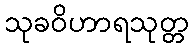
သုခဝိဟာရသုတ္တ